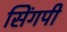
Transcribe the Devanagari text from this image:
सिंगपी